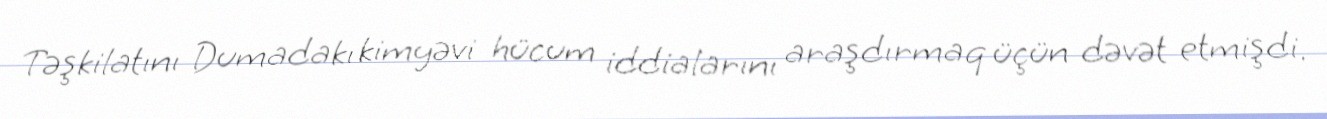
Təşkilatını Dumadakı kimyəvi hücum iddialarını araşdırmaq üçün dəvət etmişdi.